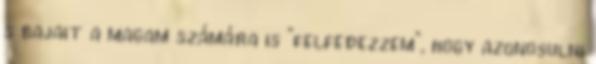
s bajait a magam számára is "felfedezzem", hogy azonosulni